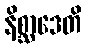
နိစ္ဆာဒေတိ